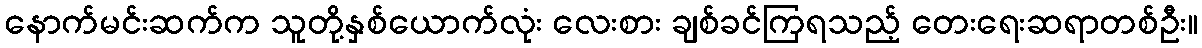
နောက်မင်းဆက်က သူတို့နှစ်ယောက်လုံး လေးစား ချစ်ခင်ကြရသည့် တေးရေးဆရာတစ်ဦး။